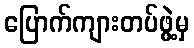
ပြောက်ကျားတပ်ဖွဲ့မှ